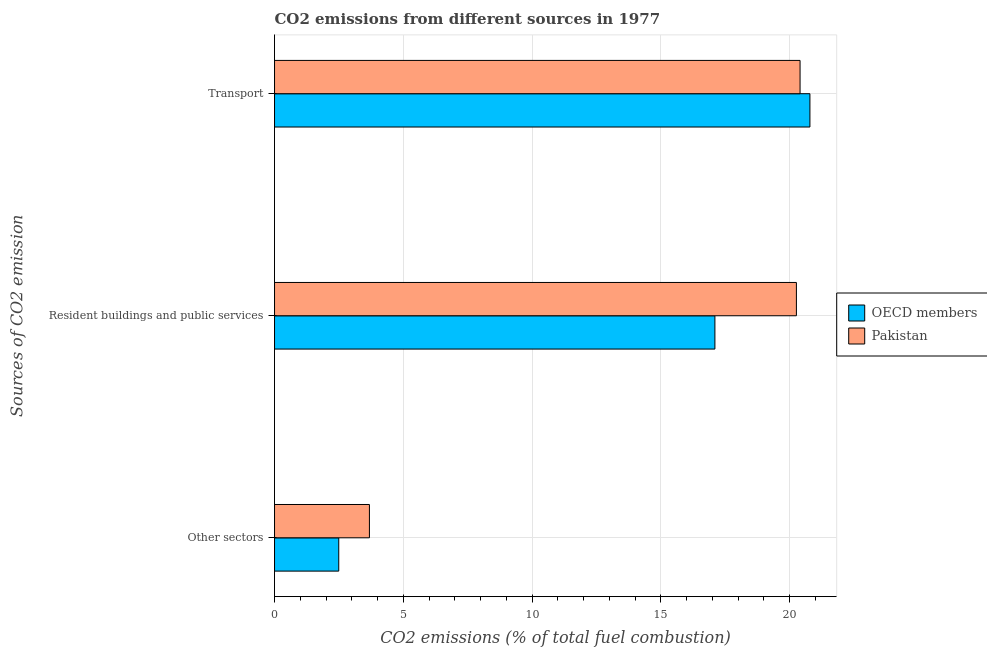
| Sources of CO2 emission | OECD members | Pakistan |
 | --- | --- | --- |
 | Other sectors | 2.49 | 3.68 |
 | Resident buildings and public services | 17.1 | 20.3 |
 | Transport | 20.8 | 20.4 |